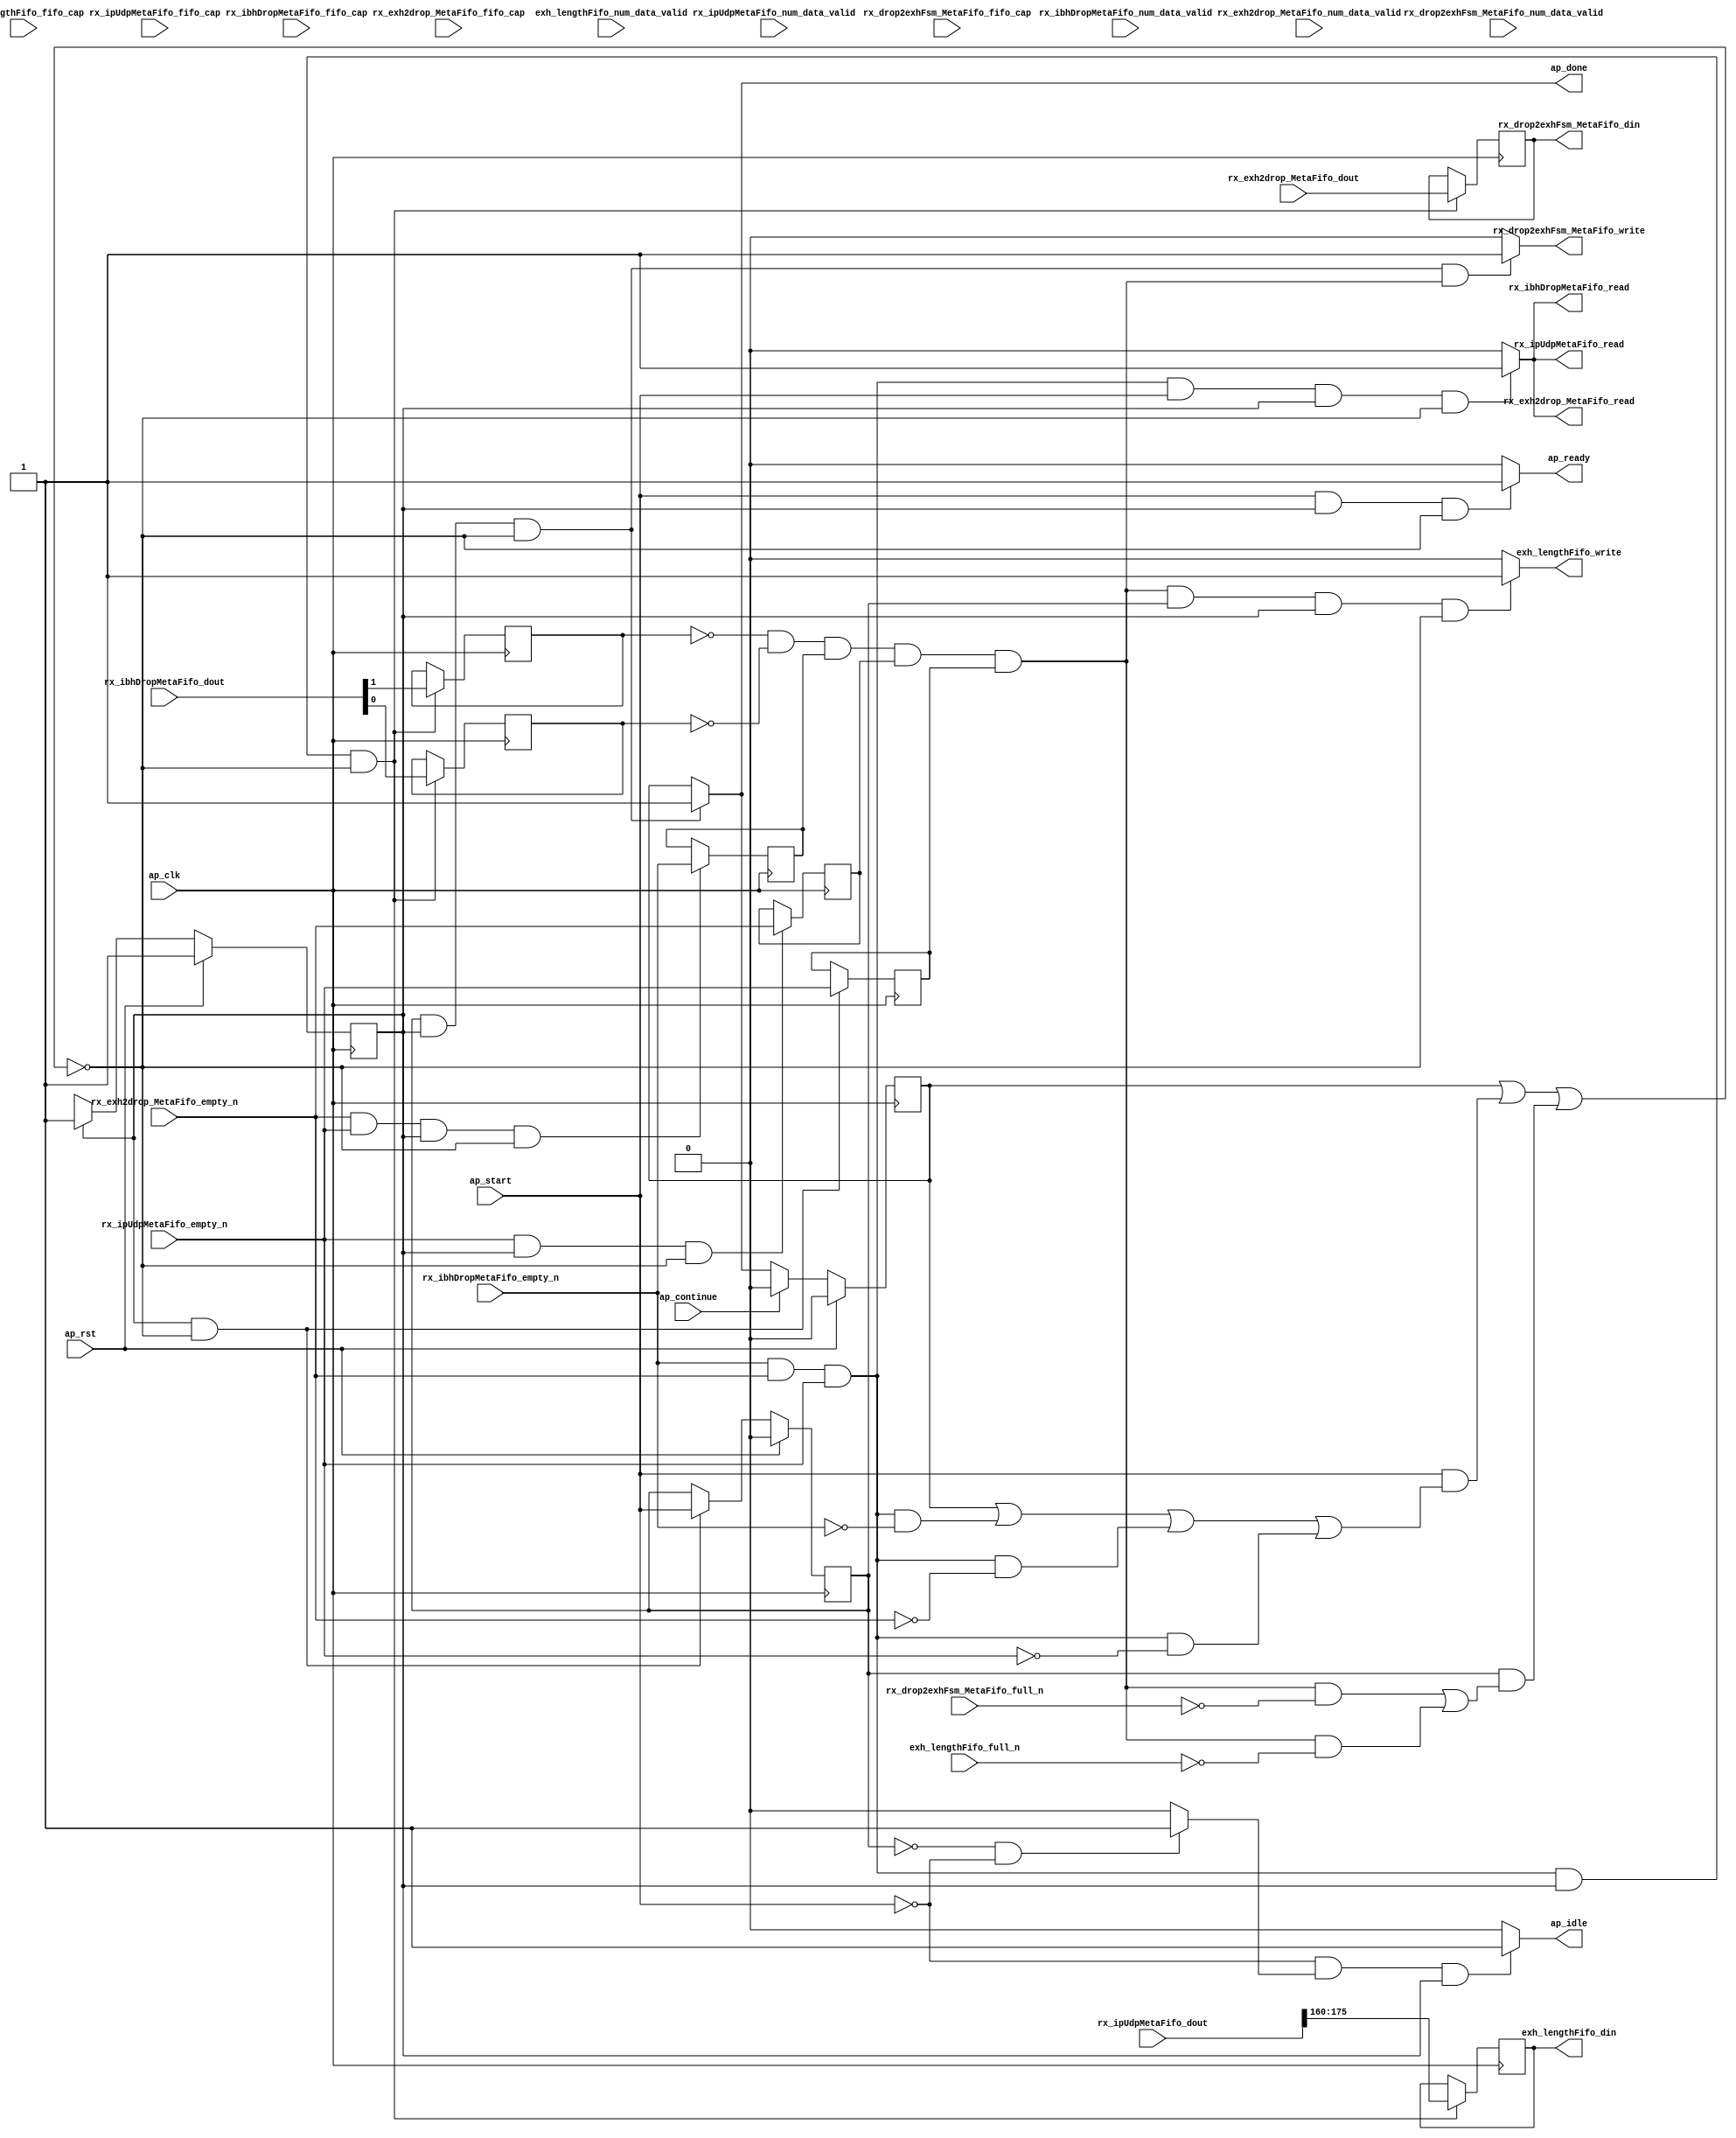
// ==============================================================
// RTL generated by Vitis HLS - High-Level Synthesis from C, C++ and OpenCL v2022.2 (64-bit)
// Version: 2022.2
// Copyright (C) Copyright 1986-2022 Xilinx, Inc. All Rights Reserved.
// 
// ===========================================================

`timescale 1 ns / 1 ps 

module rocev2_top_ipUdpMetaHandler_512_0_s (
        ap_clk,
        ap_rst,
        ap_start,
        ap_done,
        ap_continue,
        ap_idle,
        ap_ready,
        rx_ipUdpMetaFifo_dout,
        rx_ipUdpMetaFifo_num_data_valid,
        rx_ipUdpMetaFifo_fifo_cap,
        rx_ipUdpMetaFifo_empty_n,
        rx_ipUdpMetaFifo_read,
        rx_exh2drop_MetaFifo_dout,
        rx_exh2drop_MetaFifo_num_data_valid,
        rx_exh2drop_MetaFifo_fifo_cap,
        rx_exh2drop_MetaFifo_empty_n,
        rx_exh2drop_MetaFifo_read,
        rx_ibhDropMetaFifo_dout,
        rx_ibhDropMetaFifo_num_data_valid,
        rx_ibhDropMetaFifo_fifo_cap,
        rx_ibhDropMetaFifo_empty_n,
        rx_ibhDropMetaFifo_read,
        exh_lengthFifo_din,
        exh_lengthFifo_num_data_valid,
        exh_lengthFifo_fifo_cap,
        exh_lengthFifo_full_n,
        exh_lengthFifo_write,
        rx_drop2exhFsm_MetaFifo_din,
        rx_drop2exhFsm_MetaFifo_num_data_valid,
        rx_drop2exhFsm_MetaFifo_fifo_cap,
        rx_drop2exhFsm_MetaFifo_full_n,
        rx_drop2exhFsm_MetaFifo_write
);

parameter    ap_ST_fsm_pp0_stage0 = 1'd1;

input   ap_clk;
input   ap_rst;
input   ap_start;
output   ap_done;
input   ap_continue;
output   ap_idle;
output   ap_ready;
input  [255:0] rx_ipUdpMetaFifo_dout;
input  [3:0] rx_ipUdpMetaFifo_num_data_valid;
input  [3:0] rx_ipUdpMetaFifo_fifo_cap;
input   rx_ipUdpMetaFifo_empty_n;
output   rx_ipUdpMetaFifo_read;
input  [144:0] rx_exh2drop_MetaFifo_dout;
input  [3:0] rx_exh2drop_MetaFifo_num_data_valid;
input  [3:0] rx_exh2drop_MetaFifo_fifo_cap;
input   rx_exh2drop_MetaFifo_empty_n;
output   rx_exh2drop_MetaFifo_read;
input  [1:0] rx_ibhDropMetaFifo_dout;
input  [1:0] rx_ibhDropMetaFifo_num_data_valid;
input  [1:0] rx_ibhDropMetaFifo_fifo_cap;
input   rx_ibhDropMetaFifo_empty_n;
output   rx_ibhDropMetaFifo_read;
output  [15:0] exh_lengthFifo_din;
input  [2:0] exh_lengthFifo_num_data_valid;
input  [2:0] exh_lengthFifo_fifo_cap;
input   exh_lengthFifo_full_n;
output   exh_lengthFifo_write;
output  [144:0] rx_drop2exhFsm_MetaFifo_din;
input  [1:0] rx_drop2exhFsm_MetaFifo_num_data_valid;
input  [1:0] rx_drop2exhFsm_MetaFifo_fifo_cap;
input   rx_drop2exhFsm_MetaFifo_full_n;
output   rx_drop2exhFsm_MetaFifo_write;

reg ap_done;
reg ap_idle;
reg ap_ready;
reg rx_ipUdpMetaFifo_read;
reg rx_exh2drop_MetaFifo_read;
reg rx_ibhDropMetaFifo_read;
reg exh_lengthFifo_write;
reg rx_drop2exhFsm_MetaFifo_write;

(* fsm_encoding = "none" *) reg   [0:0] ap_CS_fsm;
wire    ap_CS_fsm_pp0_stage0;
wire    ap_enable_reg_pp0_iter0;
reg    ap_enable_reg_pp0_iter1;
reg    ap_idle_pp0;
wire   [0:0] tmp_i_nbreadreq_fu_48_p3;
wire   [0:0] tmp_i_305_nbreadreq_fu_56_p3;
wire   [0:0] tmp_288_i_nbreadreq_fu_64_p3;
reg    ap_predicate_op30_read_state1;
reg    ap_predicate_op32_read_state1;
reg    ap_predicate_op33_read_state1;
reg    ap_done_reg;
reg    ap_block_state1_pp0_stage0_iter0;
reg   [0:0] tmp_i_reg_126;
reg   [0:0] tmp_i_305_reg_130;
reg   [0:0] tmp_288_i_reg_134;
reg   [0:0] policy_isDrop_reg_148;
reg   [0:0] policy_ackOnly_reg_152;
reg    ap_predicate_op40_write_state2;
reg    ap_predicate_op41_write_state2;
reg    ap_block_state2_pp0_stage0_iter1;
reg    ap_block_pp0_stage0_subdone;
reg    rx_ipUdpMetaFifo_blk_n;
wire    ap_block_pp0_stage0;
reg    rx_exh2drop_MetaFifo_blk_n;
reg    rx_ibhDropMetaFifo_blk_n;
reg    exh_lengthFifo_blk_n;
reg    rx_drop2exhFsm_MetaFifo_blk_n;
reg    ap_block_pp0_stage0_11001;
reg   [15:0] meta_length_V_1_reg_138;
reg   [144:0] rx_exh2drop_MetaFifo_read_reg_143;
wire   [0:0] policy_isDrop_fu_114_p1;
reg    ap_block_pp0_stage0_01001;
reg   [0:0] ap_NS_fsm;
reg    ap_idle_pp0_0to0;
reg    ap_reset_idle_pp0;
wire    ap_enable_pp0;
wire    ap_ce_reg;

// power-on initialization
initial begin
#0 ap_CS_fsm = 1'd1;
#0 ap_enable_reg_pp0_iter1 = 1'b0;
#0 ap_done_reg = 1'b0;
end

always @ (posedge ap_clk) begin
    if (ap_rst == 1'b1) begin
        ap_CS_fsm <= ap_ST_fsm_pp0_stage0;
    end else begin
        ap_CS_fsm <= ap_NS_fsm;
    end
end

always @ (posedge ap_clk) begin
    if (ap_rst == 1'b1) begin
        ap_done_reg <= 1'b0;
    end else begin
        if ((ap_continue == 1'b1)) begin
            ap_done_reg <= 1'b0;
        end else if (((ap_enable_reg_pp0_iter1 == 1'b1) & (1'b1 == ap_CS_fsm_pp0_stage0) & (1'b0 == ap_block_pp0_stage0_subdone))) begin
            ap_done_reg <= 1'b1;
        end
    end
end

always @ (posedge ap_clk) begin
    if (ap_rst == 1'b1) begin
        ap_enable_reg_pp0_iter1 <= 1'b0;
    end else begin
        if (((1'b1 == ap_CS_fsm_pp0_stage0) & (1'b0 == ap_block_pp0_stage0_subdone))) begin
            ap_enable_reg_pp0_iter1 <= ap_start;
        end
    end
end

always @ (posedge ap_clk) begin
    if (((tmp_288_i_nbreadreq_fu_64_p3 == 1'd1) & (tmp_i_305_nbreadreq_fu_56_p3 == 1'd1) & (tmp_i_nbreadreq_fu_48_p3 == 1'd1) & (1'b1 == ap_CS_fsm_pp0_stage0) & (1'b0 == ap_block_pp0_stage0_11001))) begin
        meta_length_V_1_reg_138 <= {{rx_ipUdpMetaFifo_dout[175:160]}};
        policy_ackOnly_reg_152 <= rx_ibhDropMetaFifo_dout[32'd1];
        policy_isDrop_reg_148 <= policy_isDrop_fu_114_p1;
    end
end

always @ (posedge ap_clk) begin
    if (((ap_predicate_op32_read_state1 == 1'b1) & (1'b1 == ap_CS_fsm_pp0_stage0) & (1'b0 == ap_block_pp0_stage0_11001))) begin
        rx_exh2drop_MetaFifo_read_reg_143 <= rx_exh2drop_MetaFifo_dout;
    end
end

always @ (posedge ap_clk) begin
    if (((tmp_i_305_nbreadreq_fu_56_p3 == 1'd1) & (tmp_i_nbreadreq_fu_48_p3 == 1'd1) & (1'b1 == ap_CS_fsm_pp0_stage0) & (1'b0 == ap_block_pp0_stage0_11001))) begin
        tmp_288_i_reg_134 <= tmp_288_i_nbreadreq_fu_64_p3;
    end
end

always @ (posedge ap_clk) begin
    if (((tmp_i_nbreadreq_fu_48_p3 == 1'd1) & (1'b1 == ap_CS_fsm_pp0_stage0) & (1'b0 == ap_block_pp0_stage0_11001))) begin
        tmp_i_305_reg_130 <= tmp_i_305_nbreadreq_fu_56_p3;
    end
end

always @ (posedge ap_clk) begin
    if (((1'b1 == ap_CS_fsm_pp0_stage0) & (1'b0 == ap_block_pp0_stage0_11001))) begin
        tmp_i_reg_126 <= tmp_i_nbreadreq_fu_48_p3;
    end
end

always @ (*) begin
    if (((ap_enable_reg_pp0_iter1 == 1'b1) & (1'b1 == ap_CS_fsm_pp0_stage0) & (1'b0 == ap_block_pp0_stage0_subdone))) begin
        ap_done = 1'b1;
    end else begin
        ap_done = ap_done_reg;
    end
end

always @ (*) begin
    if (((ap_start == 1'b0) & (ap_idle_pp0 == 1'b1) & (1'b1 == ap_CS_fsm_pp0_stage0))) begin
        ap_idle = 1'b1;
    end else begin
        ap_idle = 1'b0;
    end
end

always @ (*) begin
    if (((ap_enable_reg_pp0_iter1 == 1'b0) & (ap_enable_reg_pp0_iter0 == 1'b0))) begin
        ap_idle_pp0 = 1'b1;
    end else begin
        ap_idle_pp0 = 1'b0;
    end
end

always @ (*) begin
    if ((ap_enable_reg_pp0_iter0 == 1'b0)) begin
        ap_idle_pp0_0to0 = 1'b1;
    end else begin
        ap_idle_pp0_0to0 = 1'b0;
    end
end

always @ (*) begin
    if (((ap_start == 1'b1) & (1'b1 == ap_CS_fsm_pp0_stage0) & (1'b0 == ap_block_pp0_stage0_subdone))) begin
        ap_ready = 1'b1;
    end else begin
        ap_ready = 1'b0;
    end
end

always @ (*) begin
    if (((ap_start == 1'b0) & (ap_idle_pp0_0to0 == 1'b1))) begin
        ap_reset_idle_pp0 = 1'b1;
    end else begin
        ap_reset_idle_pp0 = 1'b0;
    end
end

always @ (*) begin
    if (((ap_predicate_op40_write_state2 == 1'b1) & (ap_enable_reg_pp0_iter1 == 1'b1) & (1'b1 == ap_CS_fsm_pp0_stage0) & (1'b0 == ap_block_pp0_stage0))) begin
        exh_lengthFifo_blk_n = exh_lengthFifo_full_n;
    end else begin
        exh_lengthFifo_blk_n = 1'b1;
    end
end

always @ (*) begin
    if (((ap_predicate_op40_write_state2 == 1'b1) & (ap_enable_reg_pp0_iter1 == 1'b1) & (1'b1 == ap_CS_fsm_pp0_stage0) & (1'b0 == ap_block_pp0_stage0_11001))) begin
        exh_lengthFifo_write = 1'b1;
    end else begin
        exh_lengthFifo_write = 1'b0;
    end
end

always @ (*) begin
    if (((ap_enable_reg_pp0_iter1 == 1'b1) & (1'b1 == ap_CS_fsm_pp0_stage0) & (1'b0 == ap_block_pp0_stage0) & (ap_predicate_op41_write_state2 == 1'b1))) begin
        rx_drop2exhFsm_MetaFifo_blk_n = rx_drop2exhFsm_MetaFifo_full_n;
    end else begin
        rx_drop2exhFsm_MetaFifo_blk_n = 1'b1;
    end
end

always @ (*) begin
    if (((ap_enable_reg_pp0_iter1 == 1'b1) & (1'b1 == ap_CS_fsm_pp0_stage0) & (1'b0 == ap_block_pp0_stage0_11001) & (ap_predicate_op41_write_state2 == 1'b1))) begin
        rx_drop2exhFsm_MetaFifo_write = 1'b1;
    end else begin
        rx_drop2exhFsm_MetaFifo_write = 1'b0;
    end
end

always @ (*) begin
    if (((ap_done_reg == 1'b0) & (ap_predicate_op32_read_state1 == 1'b1) & (ap_start == 1'b1) & (1'b1 == ap_CS_fsm_pp0_stage0) & (1'b0 == ap_block_pp0_stage0))) begin
        rx_exh2drop_MetaFifo_blk_n = rx_exh2drop_MetaFifo_empty_n;
    end else begin
        rx_exh2drop_MetaFifo_blk_n = 1'b1;
    end
end

always @ (*) begin
    if (((ap_predicate_op32_read_state1 == 1'b1) & (ap_start == 1'b1) & (1'b1 == ap_CS_fsm_pp0_stage0) & (1'b0 == ap_block_pp0_stage0_11001))) begin
        rx_exh2drop_MetaFifo_read = 1'b1;
    end else begin
        rx_exh2drop_MetaFifo_read = 1'b0;
    end
end

always @ (*) begin
    if (((ap_done_reg == 1'b0) & (ap_predicate_op33_read_state1 == 1'b1) & (ap_start == 1'b1) & (1'b1 == ap_CS_fsm_pp0_stage0) & (1'b0 == ap_block_pp0_stage0))) begin
        rx_ibhDropMetaFifo_blk_n = rx_ibhDropMetaFifo_empty_n;
    end else begin
        rx_ibhDropMetaFifo_blk_n = 1'b1;
    end
end

always @ (*) begin
    if (((ap_predicate_op33_read_state1 == 1'b1) & (ap_start == 1'b1) & (1'b1 == ap_CS_fsm_pp0_stage0) & (1'b0 == ap_block_pp0_stage0_11001))) begin
        rx_ibhDropMetaFifo_read = 1'b1;
    end else begin
        rx_ibhDropMetaFifo_read = 1'b0;
    end
end

always @ (*) begin
    if (((ap_done_reg == 1'b0) & (ap_predicate_op30_read_state1 == 1'b1) & (ap_start == 1'b1) & (1'b1 == ap_CS_fsm_pp0_stage0) & (1'b0 == ap_block_pp0_stage0))) begin
        rx_ipUdpMetaFifo_blk_n = rx_ipUdpMetaFifo_empty_n;
    end else begin
        rx_ipUdpMetaFifo_blk_n = 1'b1;
    end
end

always @ (*) begin
    if (((ap_predicate_op30_read_state1 == 1'b1) & (ap_start == 1'b1) & (1'b1 == ap_CS_fsm_pp0_stage0) & (1'b0 == ap_block_pp0_stage0_11001))) begin
        rx_ipUdpMetaFifo_read = 1'b1;
    end else begin
        rx_ipUdpMetaFifo_read = 1'b0;
    end
end

always @ (*) begin
    case (ap_CS_fsm)
        ap_ST_fsm_pp0_stage0 : begin
            ap_NS_fsm = ap_ST_fsm_pp0_stage0;
        end
        default : begin
            ap_NS_fsm = 'bx;
        end
    endcase
end

assign ap_CS_fsm_pp0_stage0 = ap_CS_fsm[32'd0];

assign ap_block_pp0_stage0 = ~(1'b1 == 1'b1);

always @ (*) begin
    ap_block_pp0_stage0_01001 = ((ap_done_reg == 1'b1) | ((ap_start == 1'b1) & ((ap_done_reg == 1'b1) | ((ap_predicate_op33_read_state1 == 1'b1) & (rx_ibhDropMetaFifo_empty_n == 1'b0)) | ((ap_predicate_op32_read_state1 == 1'b1) & (rx_exh2drop_MetaFifo_empty_n == 1'b0)) | ((ap_predicate_op30_read_state1 == 1'b1) & (rx_ipUdpMetaFifo_empty_n == 1'b0)))) | ((ap_enable_reg_pp0_iter1 == 1'b1) & (((ap_predicate_op41_write_state2 == 1'b1) & (rx_drop2exhFsm_MetaFifo_full_n == 1'b0)) | ((ap_predicate_op40_write_state2 == 1'b1) & (exh_lengthFifo_full_n == 1'b0)))));
end

always @ (*) begin
    ap_block_pp0_stage0_11001 = ((ap_done_reg == 1'b1) | ((ap_start == 1'b1) & ((ap_done_reg == 1'b1) | ((ap_predicate_op33_read_state1 == 1'b1) & (rx_ibhDropMetaFifo_empty_n == 1'b0)) | ((ap_predicate_op32_read_state1 == 1'b1) & (rx_exh2drop_MetaFifo_empty_n == 1'b0)) | ((ap_predicate_op30_read_state1 == 1'b1) & (rx_ipUdpMetaFifo_empty_n == 1'b0)))) | ((ap_enable_reg_pp0_iter1 == 1'b1) & (((ap_predicate_op41_write_state2 == 1'b1) & (rx_drop2exhFsm_MetaFifo_full_n == 1'b0)) | ((ap_predicate_op40_write_state2 == 1'b1) & (exh_lengthFifo_full_n == 1'b0)))));
end

always @ (*) begin
    ap_block_pp0_stage0_subdone = ((ap_done_reg == 1'b1) | ((ap_start == 1'b1) & ((ap_done_reg == 1'b1) | ((ap_predicate_op33_read_state1 == 1'b1) & (rx_ibhDropMetaFifo_empty_n == 1'b0)) | ((ap_predicate_op32_read_state1 == 1'b1) & (rx_exh2drop_MetaFifo_empty_n == 1'b0)) | ((ap_predicate_op30_read_state1 == 1'b1) & (rx_ipUdpMetaFifo_empty_n == 1'b0)))) | ((ap_enable_reg_pp0_iter1 == 1'b1) & (((ap_predicate_op41_write_state2 == 1'b1) & (rx_drop2exhFsm_MetaFifo_full_n == 1'b0)) | ((ap_predicate_op40_write_state2 == 1'b1) & (exh_lengthFifo_full_n == 1'b0)))));
end

always @ (*) begin
    ap_block_state1_pp0_stage0_iter0 = ((ap_done_reg == 1'b1) | ((ap_predicate_op33_read_state1 == 1'b1) & (rx_ibhDropMetaFifo_empty_n == 1'b0)) | ((ap_predicate_op32_read_state1 == 1'b1) & (rx_exh2drop_MetaFifo_empty_n == 1'b0)) | ((ap_predicate_op30_read_state1 == 1'b1) & (rx_ipUdpMetaFifo_empty_n == 1'b0)));
end

always @ (*) begin
    ap_block_state2_pp0_stage0_iter1 = (((ap_predicate_op41_write_state2 == 1'b1) & (rx_drop2exhFsm_MetaFifo_full_n == 1'b0)) | ((ap_predicate_op40_write_state2 == 1'b1) & (exh_lengthFifo_full_n == 1'b0)));
end

assign ap_enable_pp0 = (ap_idle_pp0 ^ 1'b1);

assign ap_enable_reg_pp0_iter0 = ap_start;

always @ (*) begin
    ap_predicate_op30_read_state1 = ((tmp_288_i_nbreadreq_fu_64_p3 == 1'd1) & (tmp_i_305_nbreadreq_fu_56_p3 == 1'd1) & (tmp_i_nbreadreq_fu_48_p3 == 1'd1));
end

always @ (*) begin
    ap_predicate_op32_read_state1 = ((tmp_288_i_nbreadreq_fu_64_p3 == 1'd1) & (tmp_i_305_nbreadreq_fu_56_p3 == 1'd1) & (tmp_i_nbreadreq_fu_48_p3 == 1'd1));
end

always @ (*) begin
    ap_predicate_op33_read_state1 = ((tmp_288_i_nbreadreq_fu_64_p3 == 1'd1) & (tmp_i_305_nbreadreq_fu_56_p3 == 1'd1) & (tmp_i_nbreadreq_fu_48_p3 == 1'd1));
end

always @ (*) begin
    ap_predicate_op40_write_state2 = ((policy_ackOnly_reg_152 == 1'd0) & (policy_isDrop_reg_148 == 1'd0) & (tmp_288_i_reg_134 == 1'd1) & (tmp_i_305_reg_130 == 1'd1) & (tmp_i_reg_126 == 1'd1));
end

always @ (*) begin
    ap_predicate_op41_write_state2 = ((policy_ackOnly_reg_152 == 1'd0) & (policy_isDrop_reg_148 == 1'd0) & (tmp_288_i_reg_134 == 1'd1) & (tmp_i_305_reg_130 == 1'd1) & (tmp_i_reg_126 == 1'd1));
end

assign exh_lengthFifo_din = meta_length_V_1_reg_138;

assign policy_isDrop_fu_114_p1 = rx_ibhDropMetaFifo_dout[0:0];

assign rx_drop2exhFsm_MetaFifo_din = rx_exh2drop_MetaFifo_read_reg_143;

assign tmp_288_i_nbreadreq_fu_64_p3 = rx_ibhDropMetaFifo_empty_n;

assign tmp_i_305_nbreadreq_fu_56_p3 = rx_exh2drop_MetaFifo_empty_n;

assign tmp_i_nbreadreq_fu_48_p3 = rx_ipUdpMetaFifo_empty_n;

endmodule //rocev2_top_ipUdpMetaHandler_512_0_s